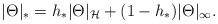
\begin{align*}\vert \Theta \vert_* = h_* \vert \Theta \vert_{\cal H} + (1-h_*) \vert \Theta \vert_\infty.\end{align*}